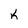
Character: K